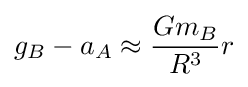
g_{B}-a_{A}\approx {\frac {Gm_{B}}{R^{3}}}r